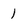
Character: 1